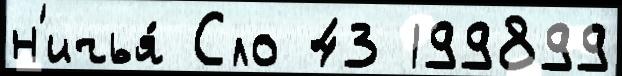
н'ичья́ Сло 43 199899